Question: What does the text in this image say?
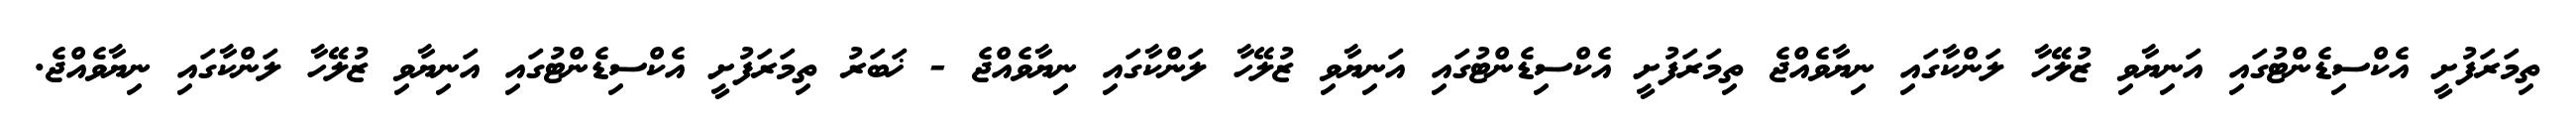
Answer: ތިމަރަފުށީ އެކްސިޑެންޓުގައި އަނިޔާވި ޒުލޭހާ ލަންކާގައި ނިޔާވެއްޖެ ތިމަރަފުށީ އެކްސިޑެންޓުގައި އަނިޔާވި ޒުލޭހާ ލަންކާގައި ނިޔާވެއްޖެ - ޚަބަރު ތިމަރަފުށީ އެކްސިޑެންޓުގައި އަނިޔާވި ޒުލޭހާ ލަންކާގައި ނިޔާވެއްޖެ.